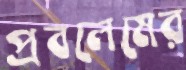
প্রবলেমের